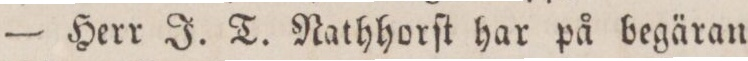
— Herr J. T. Nathhorſt har på begäran